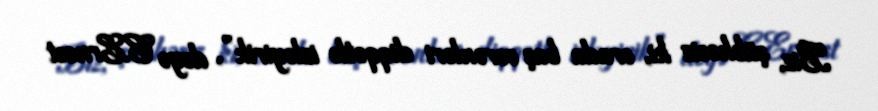
Biz, şübhəsiz ki, orada baş verənləri diqqətlə izləyirik”, deyə C.Ernest